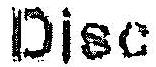
DISC